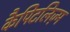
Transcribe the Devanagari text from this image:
कैपिटलिज़्म